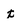
Character: t